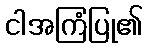
ငါအကြံပြု၏